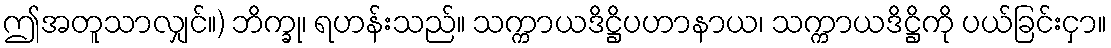
ဤအတူသာလျှင်။) ဘိက္ခု၊ ရဟန်းသည်။ သက္ကာယဒိဋ္ဌိပဟာနာယ၊ သက္ကာယဒိဋ္ဌိကို ပယ်ခြင်းငှာ။